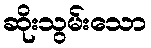
ဆိုးသွမ်းသော